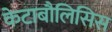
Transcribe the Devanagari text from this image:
केटाबौलिसिस